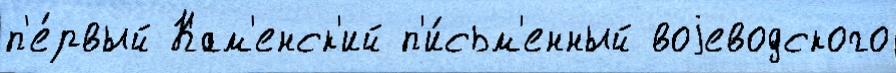
п'е́рвый Кам'енск'ий п'и́сьм'енный воjеводского